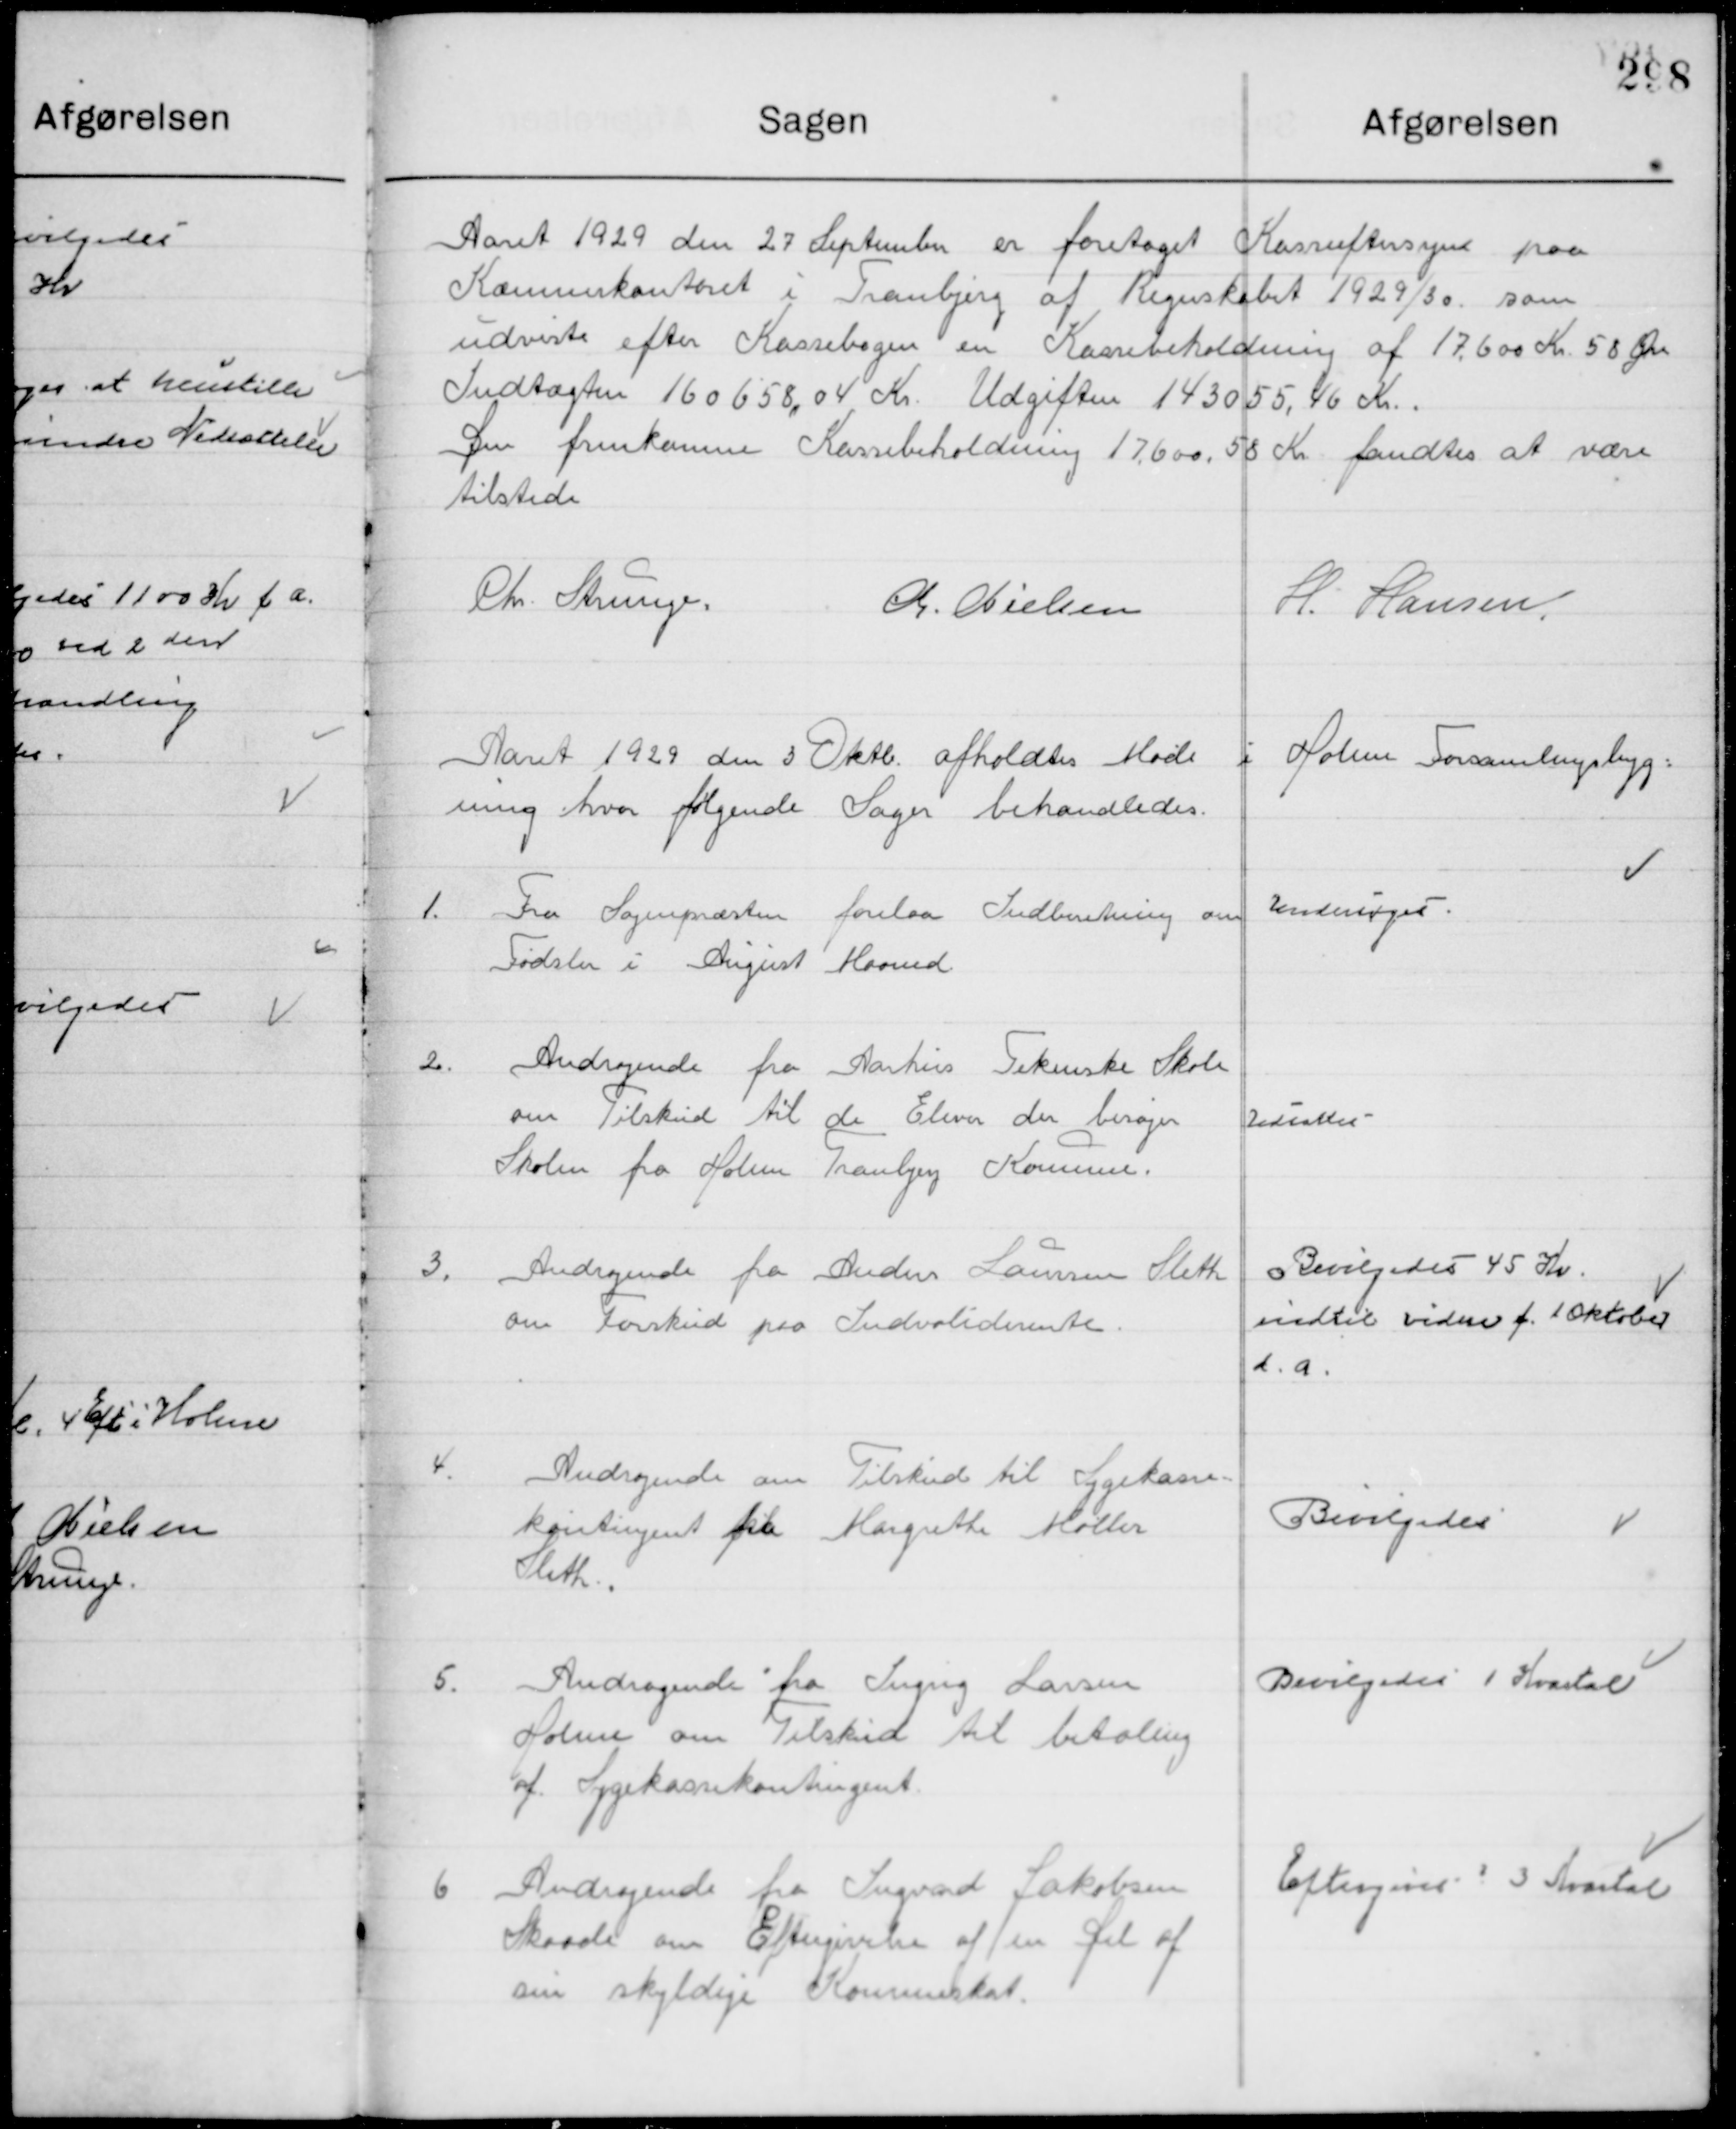
Transskription:
Aaret 1929 den 27 September er foretaget Kasseeftersyn paa
Kæmnerkontoret i Tranbjerg af regnskabet 1929/30. som
udviste efter Kassebogen en Kassebeholdning af 17.600 Kr. 58 Øre
Indtægten 160558,04 Kr. Udgiften 143055,46 Kr.,
Den fremkomne Kassebeholdning 17.600,58 Kr. fandtes at være
Tilstede.

Chr. Strunge
M. Nielsen
H. Hansen

Aaret 1929 den 3 Oktob. Afholdtes Møde i Holme Forsamlingsbyg-
Ning hvor følgende Sager behandles.

1

Fra Sognepræsten forelaa Indberetning om
Fødsel i August Maaned.

Undersøges

2

Andragende fra Aarhus Tekniske Skole  
om tilskud til de Elever der besøger	
skolen fra Holme Tranbjerg Kommune.

Udsættes

3

Andragende fra Anders Larsen Sleth
om forskud paa Invaliderende.

Bevilgedes 45 Kr.
Indtil vinter f. 1. Oktober
d. a.

4

Andragende om Tilskud til Sygekasse-
kontingent fra Margrethe Møller,	
Sleth.

Bevilgedes

5

Andragende fra Ingng Larsen 
Holme om Tilskud til betaling
af Sygekassekontingent

Bevilgedes 1 Kvartal

6

Andragende fra Ingvard Jakobsen
Skaade om Eftergivelse af den Gæl af
en Skyldig Kommuneskat

Eftergives 3 Kvartaler